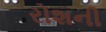
રોશની